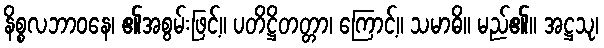
နိစ္စလဘာဝနေ၊ ၏အစွမ်းဖြင့်။ ပတိဋ္ဌိတတ္တာ၊ ကြောင့်။ သမာဓိ။ မည်၏။ အဋ္ဌသု၊